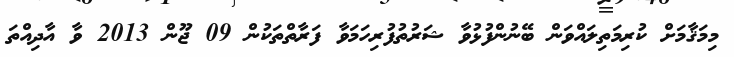
މިމަޤާމަށް ކުރިމަތިލައްވަން ބޭނުންފުޅުވާ ޝަރުތުފުރިހަމަވާ ފަރާތްތަކުން 09 ޖޫން 2013 ވާ އާދިއްތަ